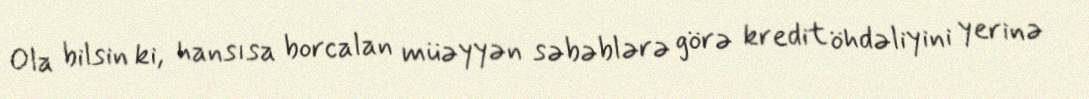
Ola bilsin ki, hansısa borcalan müəyyən səbəblərə görə kredit öhdəliyini yerinə